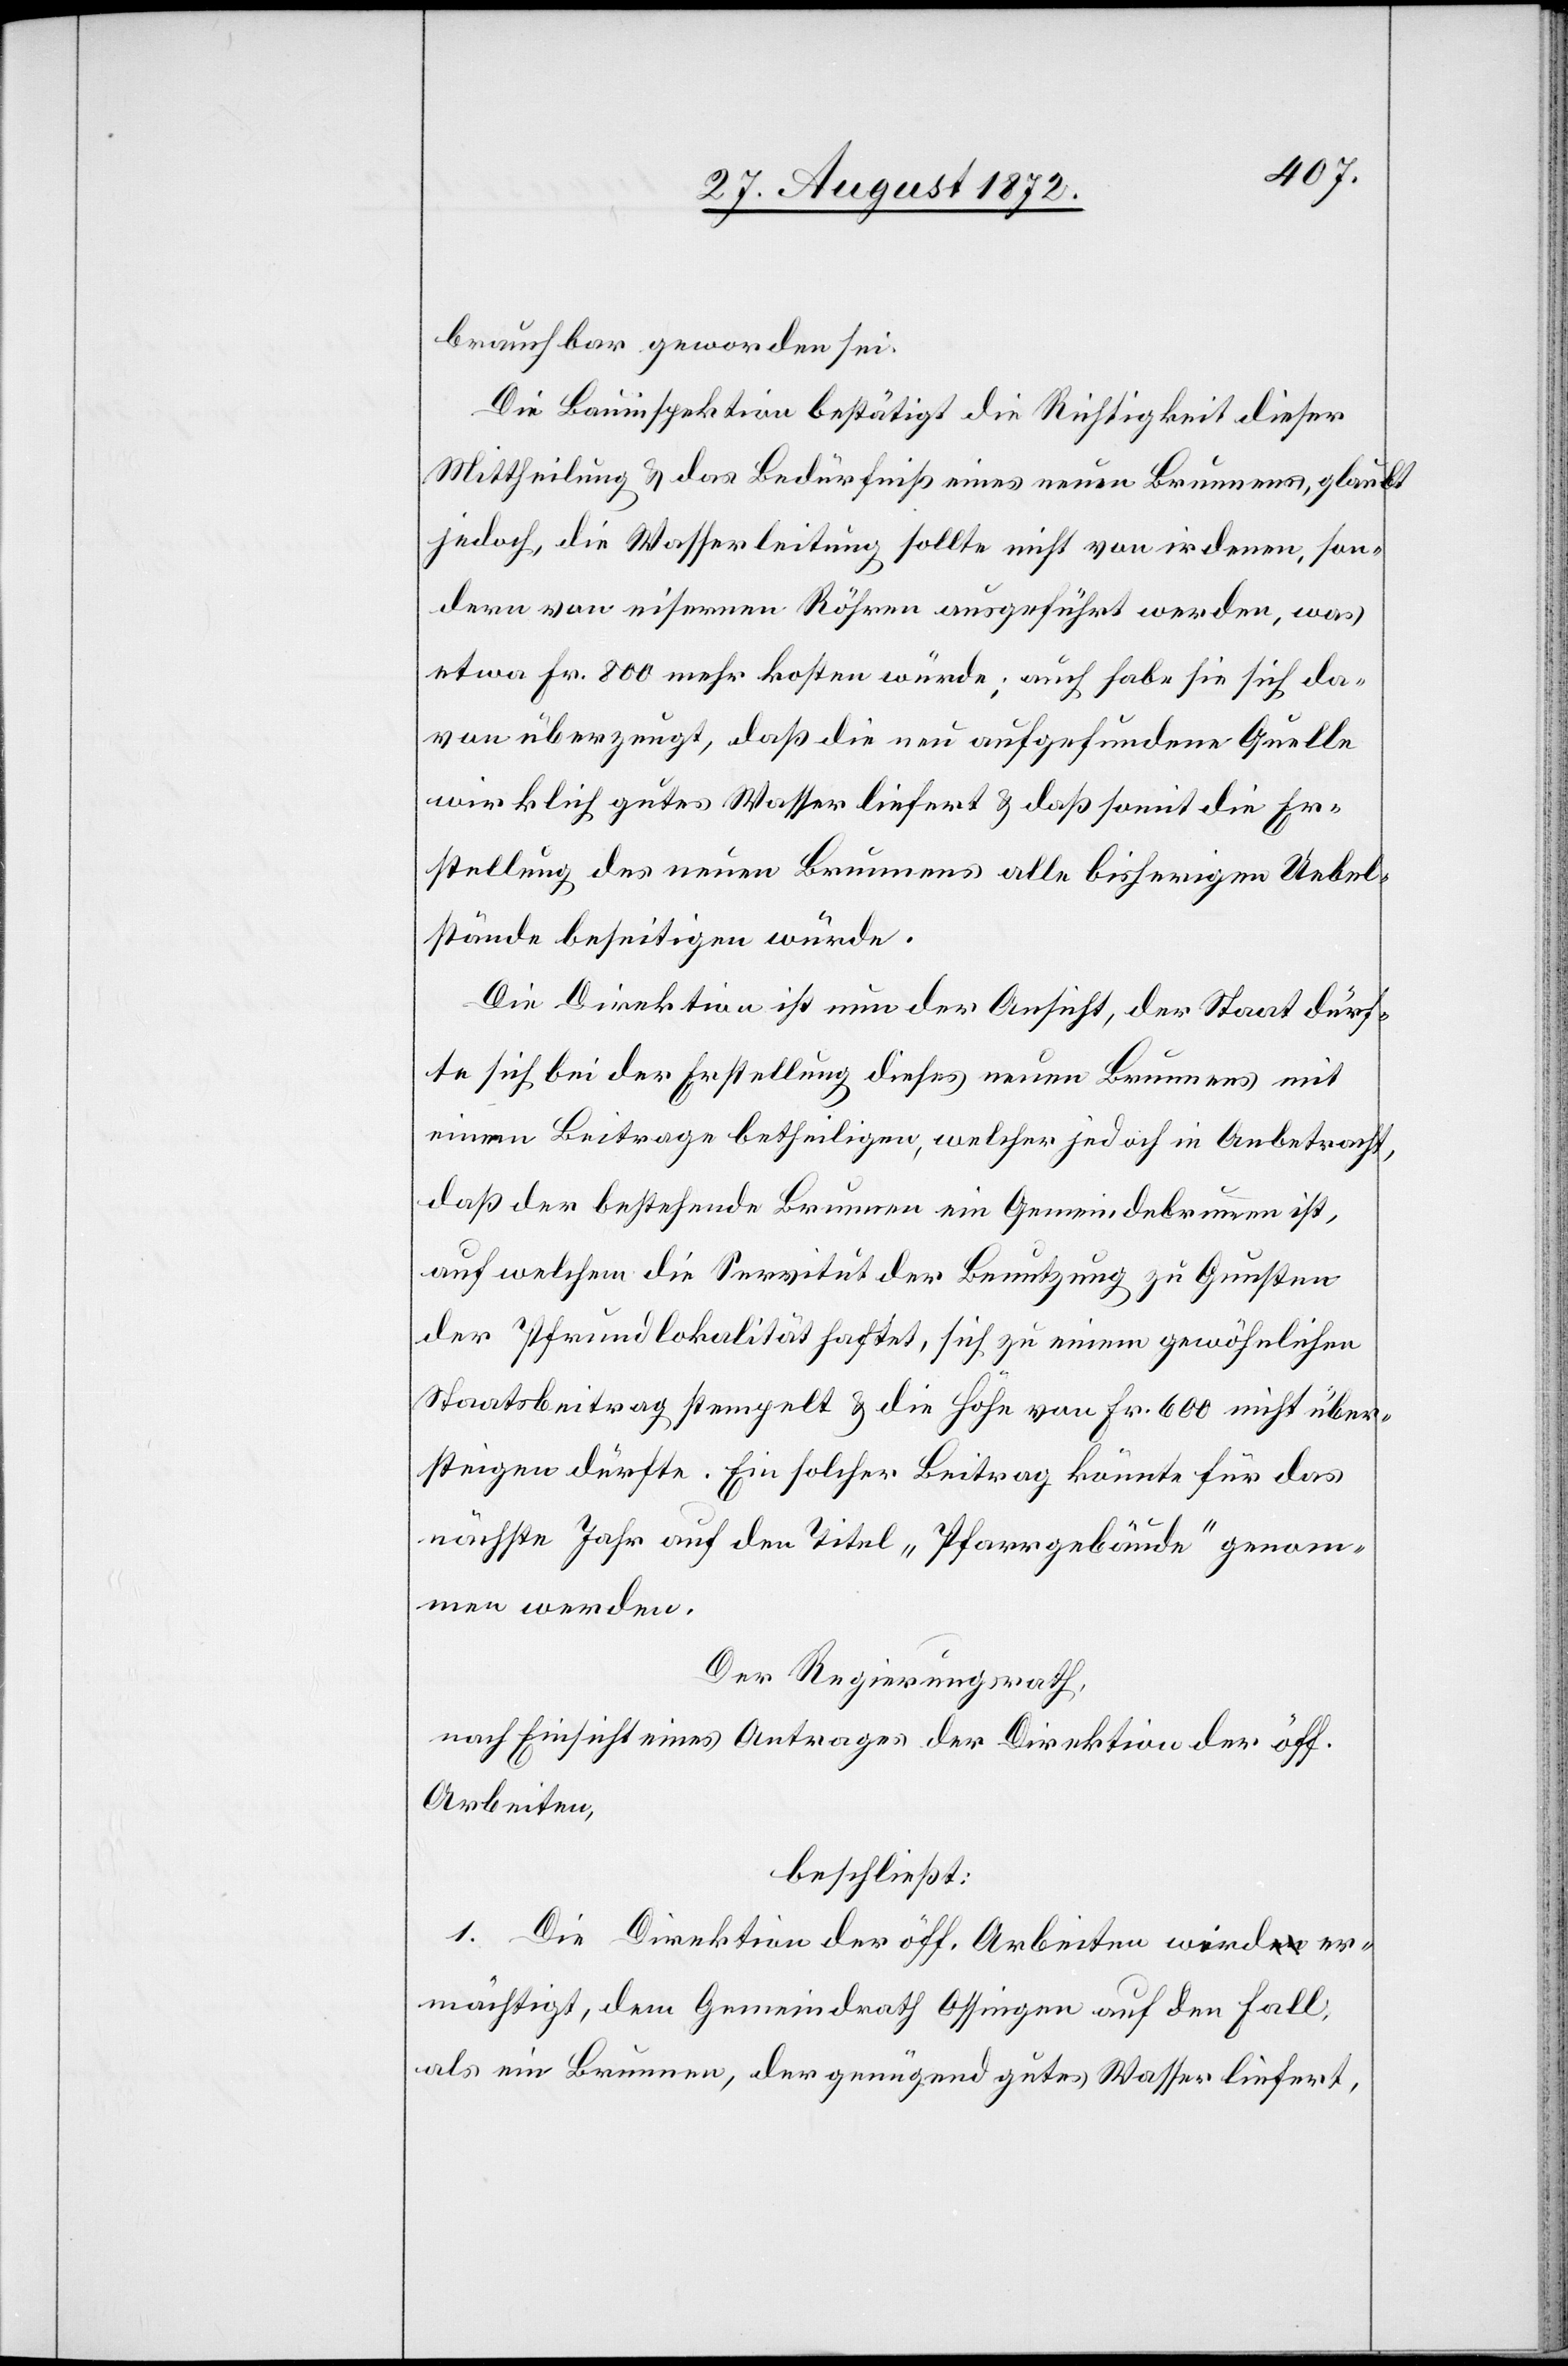
brauchbar geworden sei.
Die Bauinspektion bestätigt die Richtigkeit dieser
Mittheilung u. das Bedürfniß eines neuen Brunnens, glaubt
jedoch, die Wasserleitung sollte nicht von irdenen, son¬
dern von eisernen Röhren ausgeführt werden, was
etwa Fr. 800 mehr kosten würde; auch habe sie sich da¬
von überzeugt, daß die neu aufgefundene Quelle
wirklich gutes Wasser liefert u. daß somit die Er¬
stellung des neuen Brunnens alle bisherigen Uebel¬
stände beseitigen würde.
Die Direktion ist nun der Ansicht, der Staat dürf¬
te sich bei der Erstellung dieses neuen Brunnens mit
einem Beitrage betheiligen, welcher jedoch in Anbetracht,
daß der bestehende Brunnen ein Gemeindebrunnen ist,
auf welchem die Servitut der Benutzung zu Gunsten
der Pfrundlokalität haftet, sich zu einem gewöhnlichen
Staatsbeitrag stempelt u. die Höhe von Fr. 600 nicht über¬
steigen dürfte. Ein solcher Beitrag könnte für das
nächste Jahr auf den Titel „Pfarrgebäude“ genom¬
men werden.
Der Regierungsrath,
nach Einsicht eines Antrages der Direktion der öff.
Arbeiten,
beschließt:
1. Die Direktion der öff. Arbeiten wird er¬
mächtigt, dem Gemeindrath Ossingen auf den Fall,
als ein Brunnen, der genügend gutes Wasser liefert,